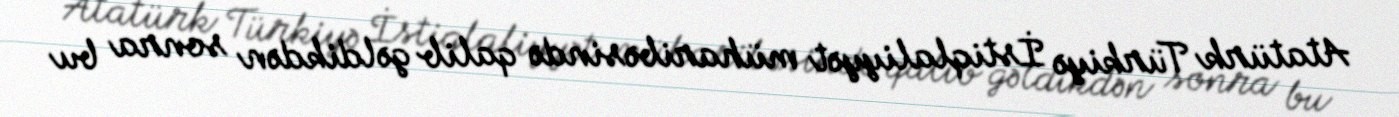
Atatürk Türkiyə İstiqlaliyyət müharibəsində qalib gəldikdən sonra bu